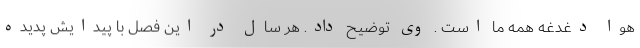
هوا دغدغه همه ما است . وی توضیح داد. هر سال در این فصل با پیدایش پدیده